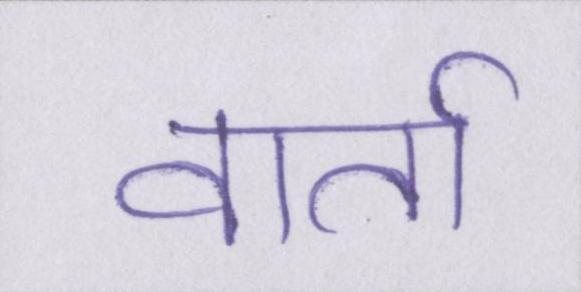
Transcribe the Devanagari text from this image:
वार्ता